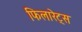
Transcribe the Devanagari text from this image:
फिलारेट्स